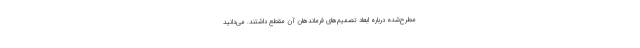
مطرح‌شده درباره ابعاد تصمیم‌های فرماندهان آن مقطع داشتند. می‌دانید